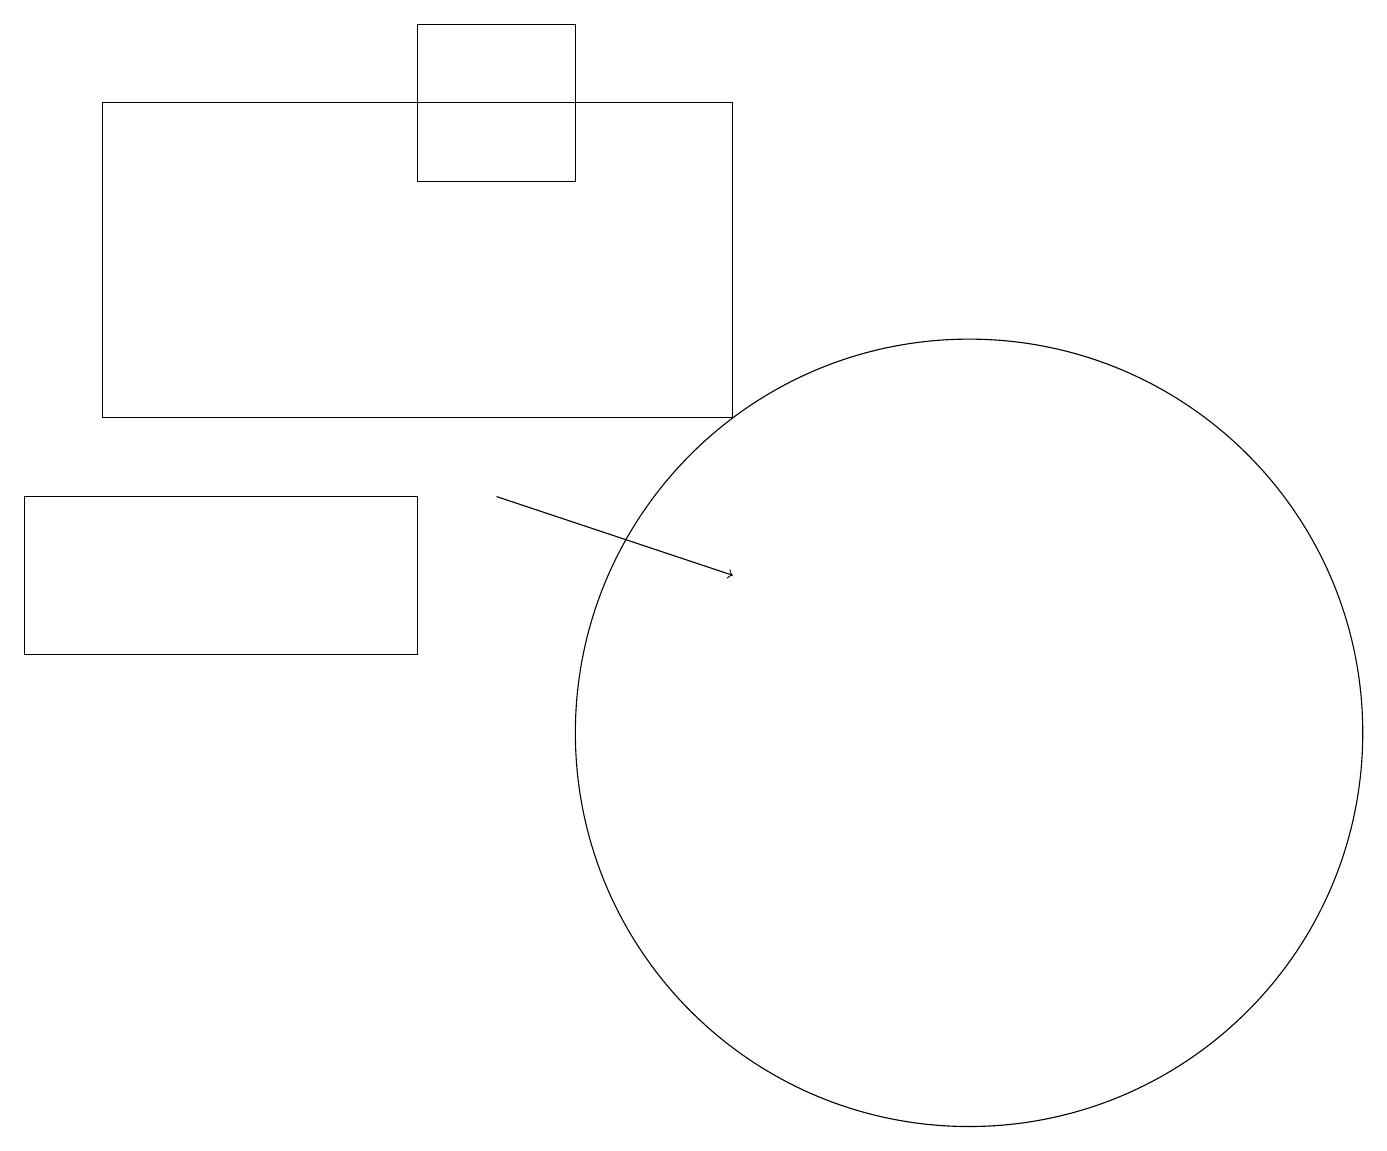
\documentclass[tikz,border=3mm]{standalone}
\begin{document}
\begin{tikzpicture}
\draw (12,10) circle (5);
\draw (0,13) rectangle (5,11);
\draw[->] (6,13) -- (9,12);
\draw (1,18) rectangle (9,14);
\draw (7,19) rectangle (5,17);
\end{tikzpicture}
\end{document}